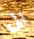
الى